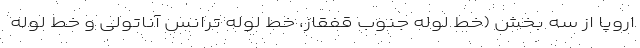
اروپا از سه بخش (خط لوله جنوب قفقاز، خط لوله ترانس آناتولی و خط لوله